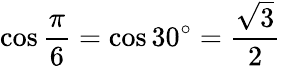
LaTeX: \cos{\frac{\pi}{6}}=\cos 30^{\circ}={\frac{\sqrt{3}}{2}}